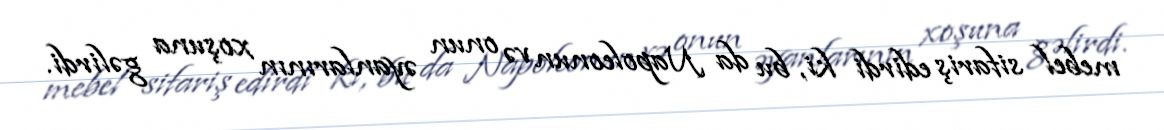
mebel sifariş edirdi ki, bu da Napoleonun və onun əyanlarının xoşuna gəlirdi.